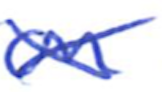
Text: on
Cross-out: cross
Writing tool: ballpoint